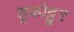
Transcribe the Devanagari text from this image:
तृकोट्टूर